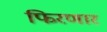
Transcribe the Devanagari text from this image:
फिरणार